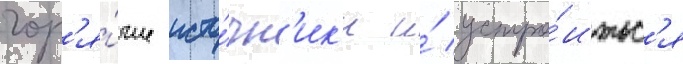
гор'я́чие исто́чн'ик'и и́ устро́итьс'я